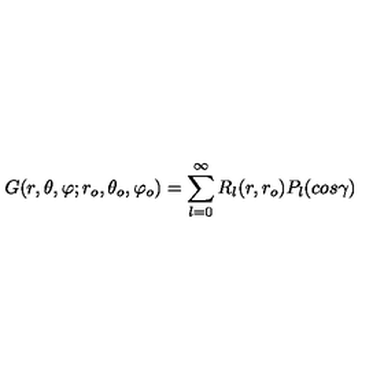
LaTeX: G ( r , \theta , \varphi ; r _ { o } , \theta _ { o } , \varphi _ { o } ) = \sum _ { l = 0 } ^ { \infty } R _ { l } ( r , r _ { o } ) P _ { l } ( c o s \gamma ) \,